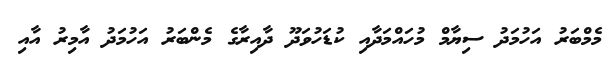
މެމްބަރު އަހުމަދު ސިޔާމް މުހައްމަދާއި ކުޑަހުވަދޫ ދާއިރާގެ މެންބަރު އަހުމަދު އާމިރު އާއި